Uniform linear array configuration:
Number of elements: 8
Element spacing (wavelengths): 0.75
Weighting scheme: hamming
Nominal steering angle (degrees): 30
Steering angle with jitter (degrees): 31.957
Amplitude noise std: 0.05
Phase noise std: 0.05

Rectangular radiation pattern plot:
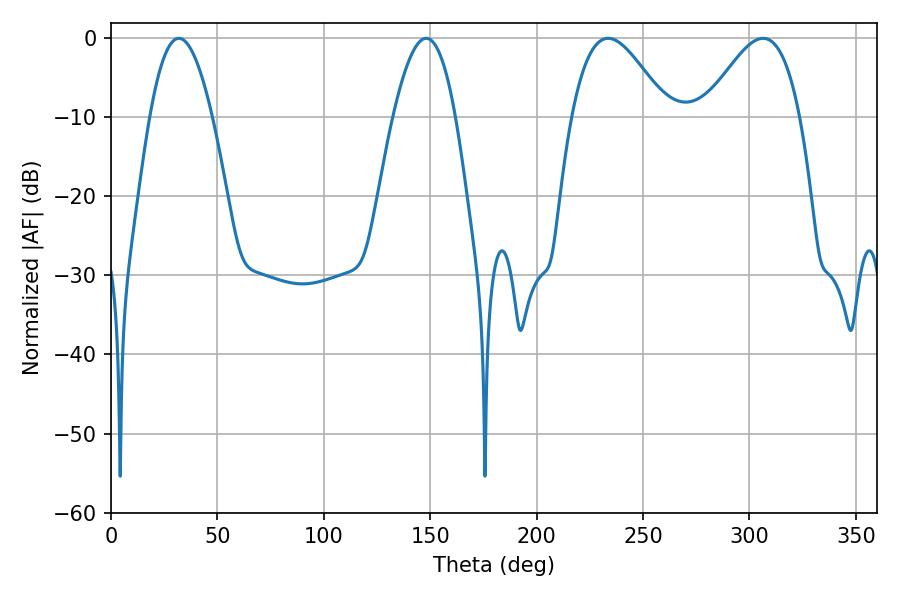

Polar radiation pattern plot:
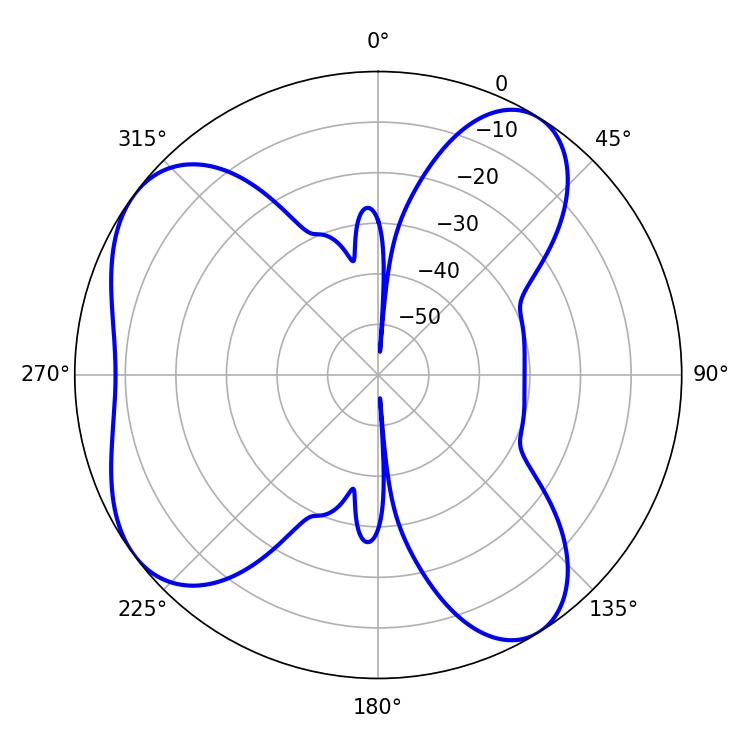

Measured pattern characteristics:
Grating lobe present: TRUE
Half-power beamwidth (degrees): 24.12
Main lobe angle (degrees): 233.64